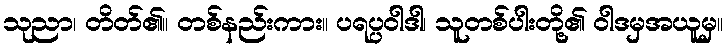
သုညာ၊ တိတ်၏။ တစ်နည်းကား။ ပရပ္ပဝါဒါ၊ သူတစ်ပါးတို့၏ ဝါဒမှအယူမှ။